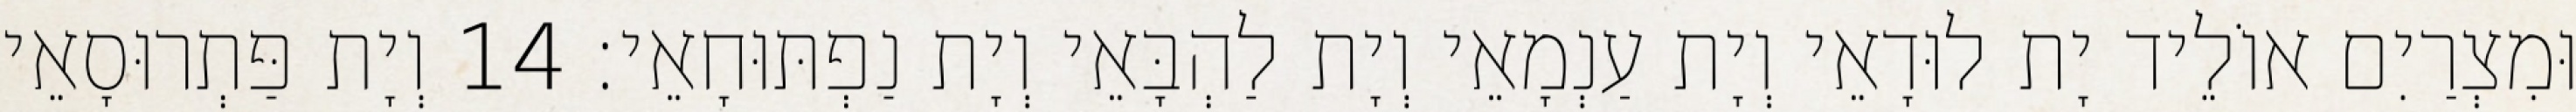
וּמִצְרַיִם אוֹלֵיד יָת לוּדָאֵי וְיָת עַנְמָאֵי וְיָת לַהְבָּאֵי וְיָת נַפְתּוּחָאֵי׃ 14 וְיָת פַּתְרוּסָאֵי